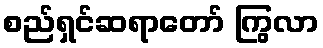
စည်ရှင်ဆရာတော် ကြွလာ